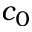
c _ { 0 }